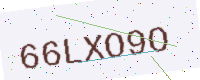
Text: 66LXO9O